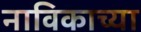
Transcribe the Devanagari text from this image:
नाविकाच्या